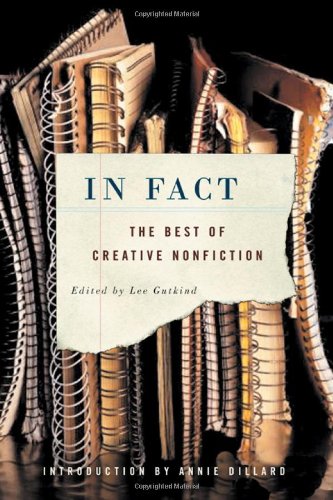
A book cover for In Fact: The Best of Creative Nonfiction; Reference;